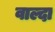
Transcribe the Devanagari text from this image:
वाल्दा